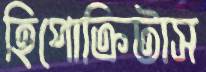
হিপোক্রিটাস